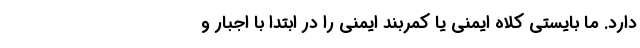
دارد. ما بایستی کلاه ایمنی یا کمربند ایمنی را در ابتدا با اجبار و